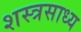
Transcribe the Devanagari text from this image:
शस्त्रसाध्य